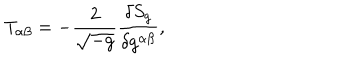
T _ { \alpha \beta } = - { \frac { 2 } { \sqrt { - g } } } { \frac { \delta S _ { g } } { \delta g ^ { \alpha \beta } } } ,